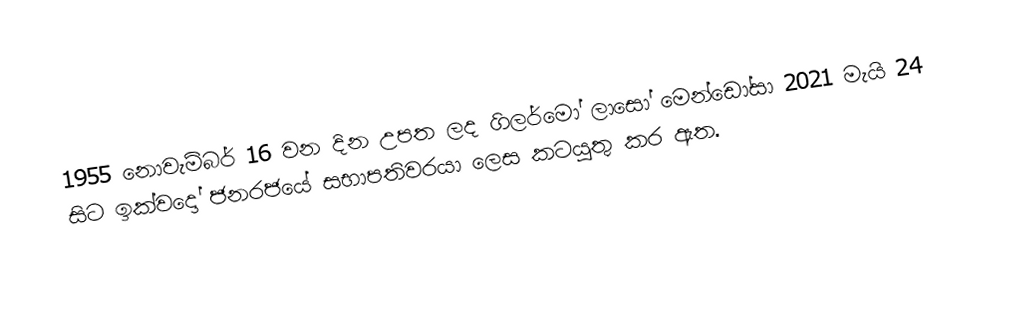
1955 නොවැම්බර් 16 වන දින උපත ලද ගිලර්මෝ ලාසෝ මෙන්ඩෝසා 2021 මැයි 24 සිට ඉක්වදෝ ජනරජයේ සභාපතිවරයා ලෙස කටයුතු කර ඇත.